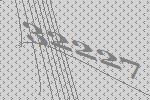
32227